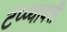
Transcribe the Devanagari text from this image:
टप्प्यावरी